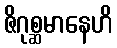
ဇိဂုစ္ဆမာနေဟိ